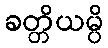
ခတ္တိယမ္ပိ